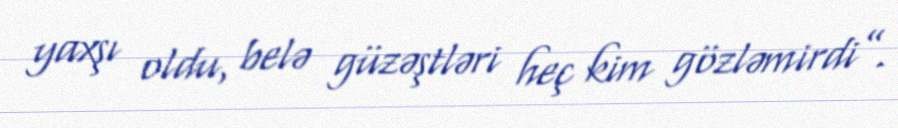
yaxşı oldu, belə güzəştləri heç kim gözləmirdi”.